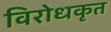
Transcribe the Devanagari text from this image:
विरोधकृत